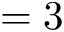
= 3